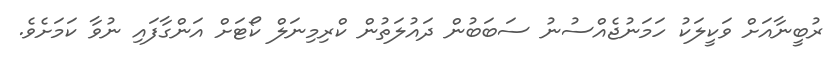
ރުބީނާއަށް ވަކީލަކު ހަމަނުޖެއްސުނު ސަބަބުން ދައުލަތުން ކްރިމިނަލް ކޯޓަށް އަންގާފައި ނުވާ ކަމަށެވެ.